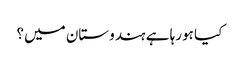
کیا ہورہا ہے ہندوستان میں؟